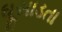
ઘૂસાડતા